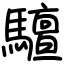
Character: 驙